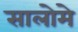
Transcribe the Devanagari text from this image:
सालोमे